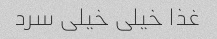
غذا خیلی خیلی سرد